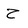
Character: Z